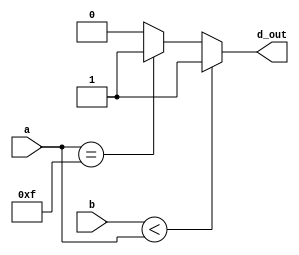
`timescale 1ns / 1ps
//////////////////////////////////////////////////////////////////////////////////
// Company: 
// Engineer: 
// 
// Design Name: 
// Module Name:    comparator 
// Project Name: 
// Target Devices: 
// Tool versions: 
// Description: 
//
// Dependencies: 
//
// Revision: 
// Revision 0.01 - File Created
// Additional Comments: 
//
//////////////////////////////////////////////////////////////////////////////////
module comparator
	(
		input wire [3:0] a,
		input wire [3:0] b,
		output wire d_out
	);

	assign d_out = (b < a) ? 1 : ((a == 4'b1111) ? 1 : 0);

endmodule